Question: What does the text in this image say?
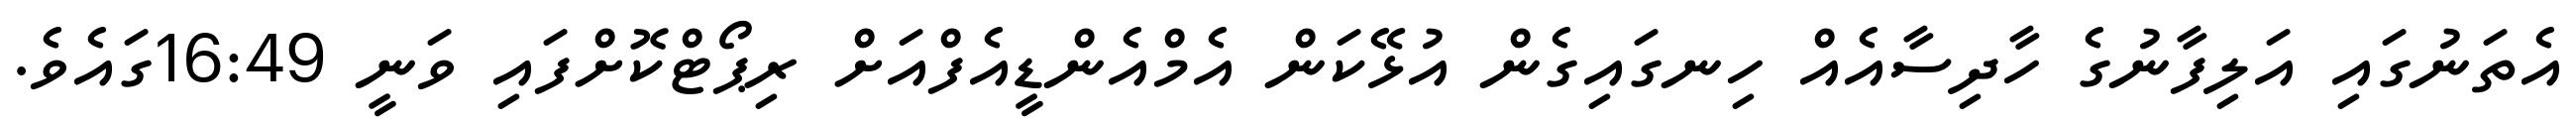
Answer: އެތަނުގައި އަލިފާނުގެ ހާދިސާއެއް ހިނގައިގެން އުޅޭކަން އެމްއެންޑީއެފްއަށް ރިޕޯޓްކޮށްފައި ވަނީ 16:49ގައެވެ.